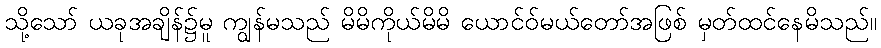
သို့သော် ယခုအချိန်၌မူ ကျွန်မသည် မိမိကိုယ်မိမိ ယောင်ဝ်မယ်တော်အဖြစ် မှတ်ထင်နေမိသည်။